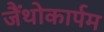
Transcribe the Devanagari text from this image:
जैंथोकार्पम